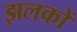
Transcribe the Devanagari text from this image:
झलकों